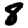
Digit: 8